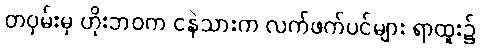
တဝှမ်းမှ ဟိုးဘဝက ငနဲသားက လက်ဖက်ပင်များ ရာထူး၌